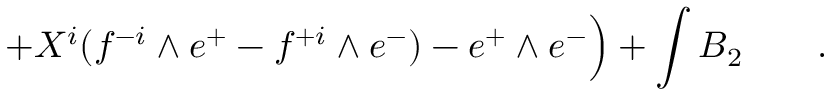
+ X ^ { i } ( f ^ { - i } \wedge e ^ { + } - f ^ { + i } \wedge e ^ { - } ) - e ^ { + } \wedge e ^ { - } \Big ) + \int B _ { 2 } \qquad .